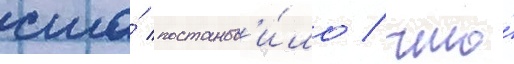
сша́ постанов'и́ло / что́